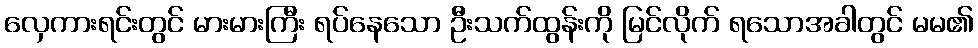
လှေကားရင်းတွင် မားမားကြီး ရပ်နေသော ဦးသက်ထွန်းကို မြင်လိုက် ရသောအခါတွင် မမ၏